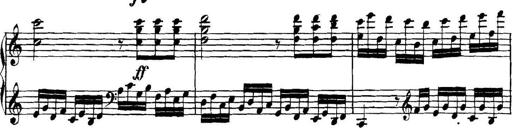
Title: Collected Piano Sonatas
Composer: Muzio Clementi